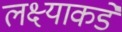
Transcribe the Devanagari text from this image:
लक्ष्याकडे